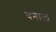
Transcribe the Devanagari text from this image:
बनाल